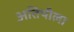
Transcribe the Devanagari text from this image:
अतिथीला